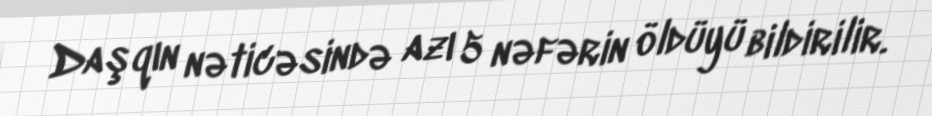
Daşqın nəticəsində azı 5 nəfərin öldüyü bildirilir.